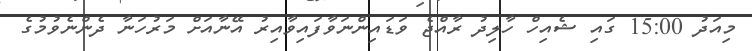
މިއަދު 15:00 ގައި ޝެއިހް ހާލިދު ރާއްޖެ ވަޑައިންނަވާފައިވާއިރު އޭނާއަށް މަރުހަނާ ދެންނެވުމުގެ